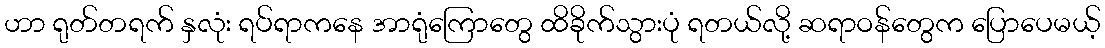
ဟာ ရုတ်တရက် နှလုံး ရပ်ရာကနေ အာရုံကြောတွေ ထိခိုက်သွားပုံ ရတယ်လို့ ဆရာဝန်တွေက ပြောပေမယ့်